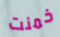
خمنت